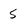
Character: 5